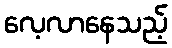
လေ့လာနေသည့်